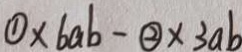
\textcircled { 1 } \times b a b - \textcircled { 2 } \times 3 a b